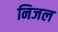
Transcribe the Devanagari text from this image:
निजल